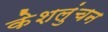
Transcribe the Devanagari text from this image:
केशलुंचन